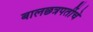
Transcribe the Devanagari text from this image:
बालछत्रपतींचे